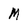
Character: M